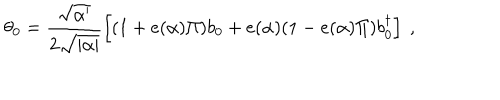
\theta _ { 0 } = \frac { \sqrt { \alpha ^ { \prime } } } { 2 \sqrt { | \alpha | } } \left[ ( 1 + e ( \alpha ) \Pi ) b _ { 0 } + e ( \alpha ) ( 1 - e ( \alpha ) \Pi ) b _ { 0 } ^ { \dagger } \right] ~ ,